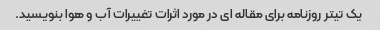
یک تیتر روزنامه برای مقاله ای در مورد اثرات تغییرات آب و هوا بنویسید.